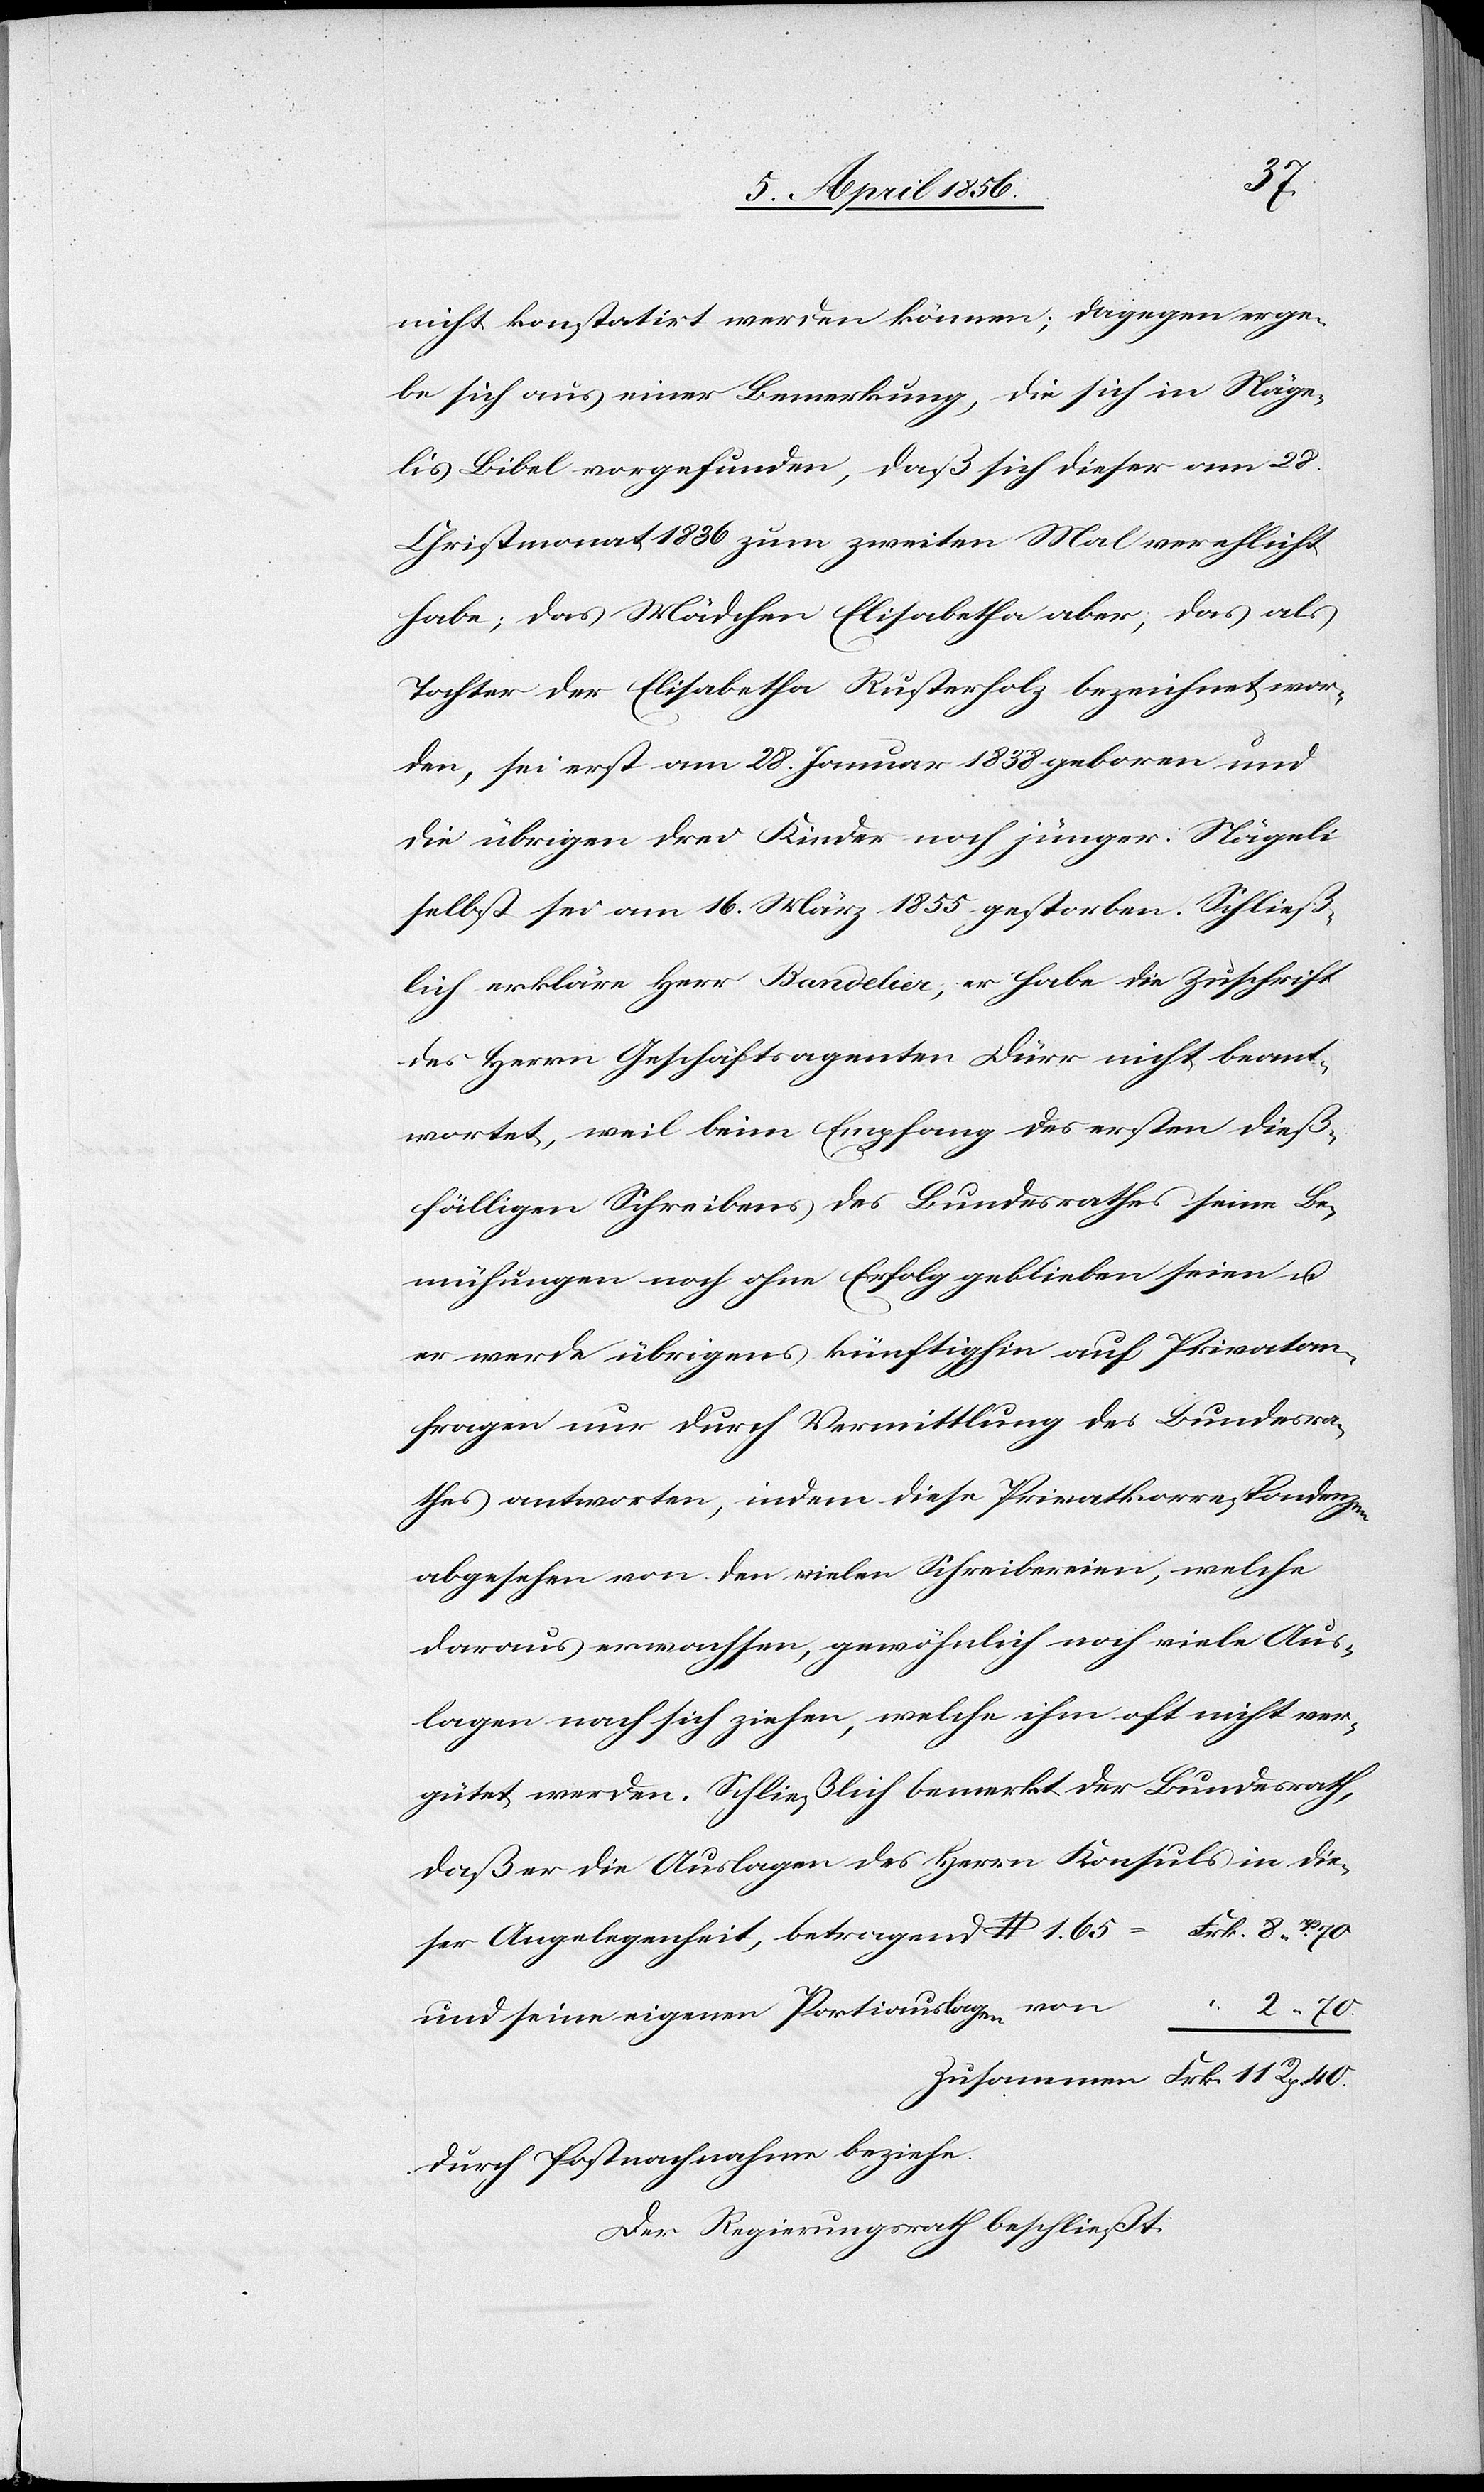
nicht konstatirt werden können; dagegen erge¬
be sich aus einer Bemerkung, die sich in Näge¬
lis Bibel vorgefunden, daß sich dieser am 28.
Christmonat 1836 zum zweiten Mal verehelicht
habe; das Mädchen Elisabetha aber, das als
Tochter der Elisabetha Rusterholz bezeichnet wor¬
den, sei erst am 28. Januar 1838 geboren und
die übrigen drei Kinder noch jünger. Nägeli
selbst sei am 16. März 1855 gestorben. Schließ¬
lich erkläre Herr Bandelier, er habe die Zuschrift
des Herrn Geschäftsagenten Dürr nicht beant¬
wortet, weil beim Empfang des ersten dieß¬
fälligen Schreibens des Bundesrathes seine Be¬
mühungen noch ohne Erfolg geblieben seien u.
er werde übrigens künftighin auf Privatan¬
fragen nur durch Vermittlung des Bundesra¬
thes antworten, indem diese Privatkorrespondenzen
abgesehen von den vielen Schreibereien, welche
daraus erwachsen, gewöhnlich noch viele Aus¬
lagen nach sich ziehen, welche ihm oft nicht ver¬
gütet werden. Schließlich bemerkt der Bundesrath,
daß er die Auslagen des Herrn Konsuls in die¬
ser Angelegenheit, betragend $ 1. 65 =	Frk.	8 Rp.
und seine eigenen Portiauslagen von
Zusammen	Frk. 11 Rp. 40.
durch Postnachnahme beziehe.
Der Regierungsrath beschließt: